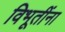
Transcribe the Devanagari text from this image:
विभूतींना